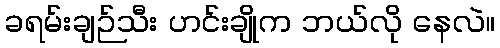
ခရမ်းချဉ်သီး ဟင်းချိုက ဘယ်လို နေလဲ။